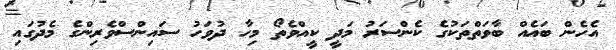
އެހެން ބައެއް ބާވަތްތަކުގެ ކެންސަރު މަދީ ކީއްވެތޯ މިހާ ދުވަހު ސައިންސްވެރިންގެ މެދުގައި